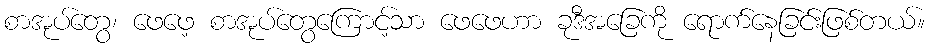
စာအုပ်တွေ၊ ဖေဖေ့ စာအုပ်တွေကြောင့်သာ ဖေဖေဟာ ခုဒီအခြေကို ရောက်နေခြင်းဖြစ်တယ်။